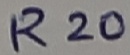
Text: R20